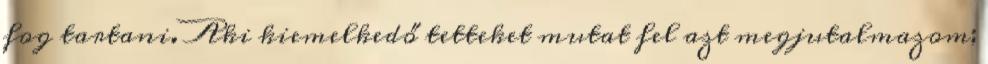
fog tartani. Aki kiemelkedő tetteket mutat fel azt megjutalmazom;